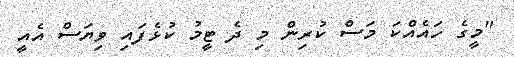
"މީގެ ހައެއްކަ މަސް ކުރިން މި ދެ ޓީމު ކުޅެފައި ވިޔަސް އެއީ